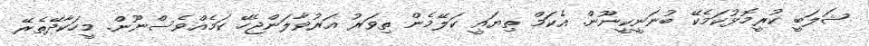
ޝަލަބީ ކުރީމޮޅުކަމެކޭ ބުނަނީކީނޫން. އެކަމް ތިޔައީ ކަލޭމެން ތިވަރު އަރުވާލަންޖެހޭ ކަމެއްވެސްނޫން. މީހަކާދޭތެރޭ